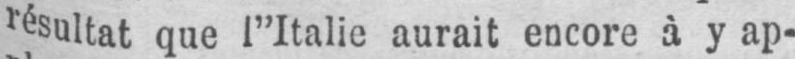
résultat que l’Italie aurait encore à y ap-